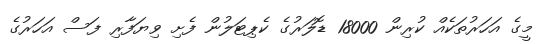
މީގެ އަހަރުތަކެއް ކުރިން 18000 ޑޮލަރުގެ ކެޕިޓަލުން ފެށި ވިޔަފާރި ފަސް އަހަރުގެ